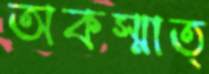
অকস্মাত্